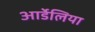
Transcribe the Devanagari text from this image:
आर्डेलिया